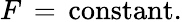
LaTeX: F\, =\, \mathrm{constant}.